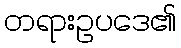
တရားဥပဒေ၏